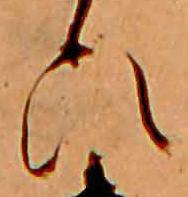
ひ